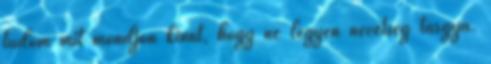
tudom mit mondjon kinnt, hogy ne legyen nevetség tárgya.